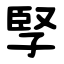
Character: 孯